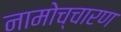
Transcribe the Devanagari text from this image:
नामोच्चारण